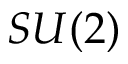
S U ( 2 )